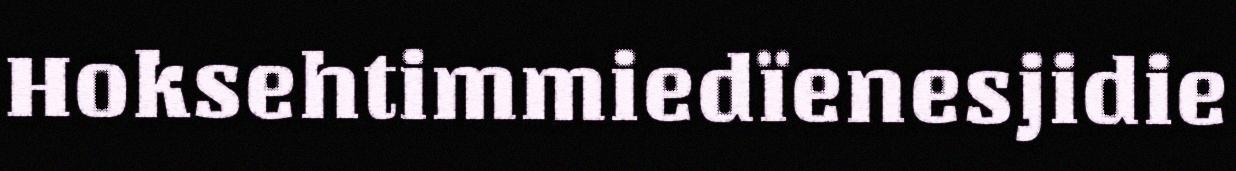
Hoksehtimmiedïenesjidie